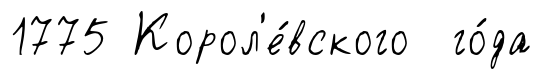
1775 Корол'е́вского го́да